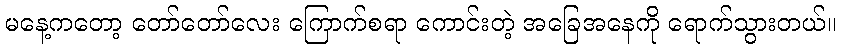
မနေ့ကတော့ တော်တော်လေး ကြောက်စရာ ကောင်းတဲ့ အခြေအနေကို ရောက်သွားတယ်။